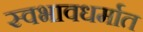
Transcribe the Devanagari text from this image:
स्वभावधर्मात